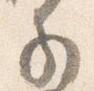
子